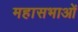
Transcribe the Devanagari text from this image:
महासभाओं